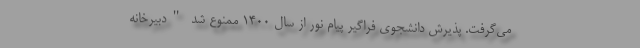
می‌گرفت. پذیرش دانشجوی فراگیر پیام نور از سال ۱۴۰۰ ممنوع شد "دبیرخانه